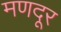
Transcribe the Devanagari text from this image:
मणदूर